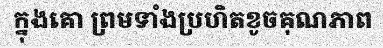
ក្នុងគោ ព្រមទាំងប្រហិតខូចគុណភាព